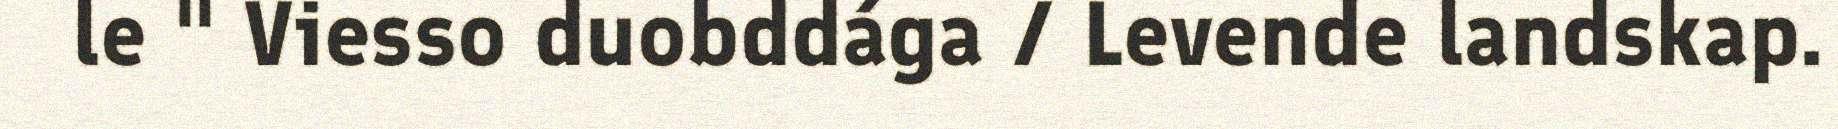
le " Viesso duobddága / Levende landskap.